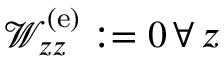
\mathcal { W } _ { z z } ^ { \mathrm { ( e ) } } \mathrel { \mathop : } = 0 \, \forall \, z